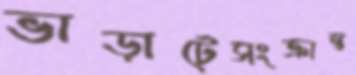
ভাড়াটেসংক্রান্ত